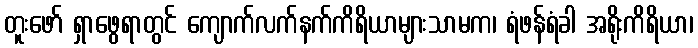
တူးဖော် ရှာဖွေရာတွင် ကျောက်လက်နက်ကိရိယာများသာမက၊ ရံဖန်ရံခါ အရိုးကိရိယာ၊